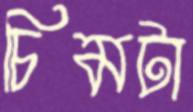
চিমটা